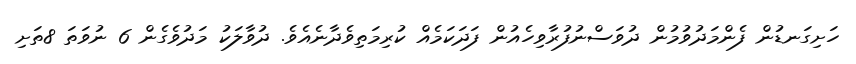
ހަށިގަނޑުން ފެންމަދުވުމުން ދުވަސްނުފުރާވިހެއުން ފަދަކަމެއް ކުރިމަތިވެދާނެއެވެ. ދުވާލަކު މަދުވެގެން 6 ނުވަތަ 8ތަށި